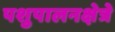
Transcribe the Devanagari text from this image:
पशुपालनक्षेत्रे